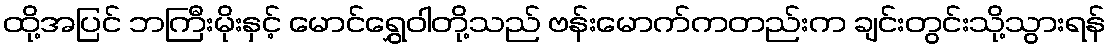
ထို့အပြင် ဘကြီးမိုးနှင့် မောင်ရွှေဝါတို့သည် ဗန်းမောက်ကတည်းက ချင်းတွင်းသို့သွားရန်